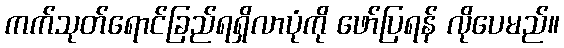
ကက်သုတ်ရောင်ခြည်ရရှိလာပုံကို ဖော်ပြရန် လိုပေမည်။